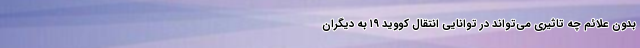
بدون علائم چه تاثیری می‌تواند در توانایی انتقال کووید ۱۹ به دیگران